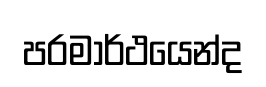
පරමාර්ථයෙන්ද